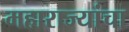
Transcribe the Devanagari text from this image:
महाराज्यांचा